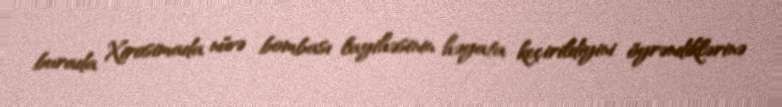
burada Xirosimada nüvə bombası layihəsinin həyata keçirildiyini öyrəndiklərinə